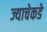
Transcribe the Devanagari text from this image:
ज्याचेकडे